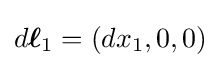
d{\boldsymbol {\ell }}_{1}=(dx_{1},0,0)